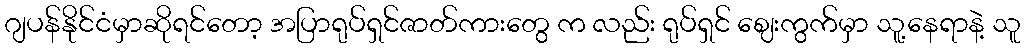
ဂျပန်နိုင်ငံမှာဆိုရင်တော့ အပြာရုပ်ရှင်ဇာတ်ကားတွေ က လည်း ရုပ်ရှင် ဈေးကွက်မှာ သူ့နေရာနဲ့ သူ